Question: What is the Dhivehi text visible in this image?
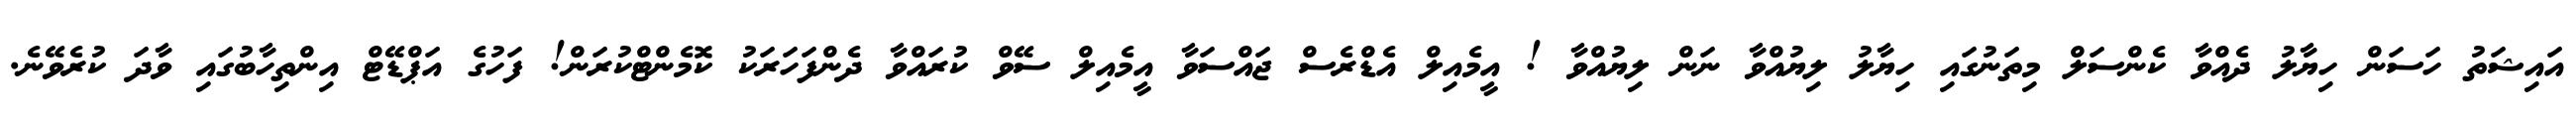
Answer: އައިޝަތު ހަސަން ހިޔާލު ދެއްވާ ކެންސަލް މިތަނުގައި ހިޔާލު ލިޔުއްވާ ނަން ލިޔުއްވާ ! އީމެއިލް އެޑްރެސް ޖައްސަވާ އީމެއިލް ސޭވް ކުރައްވާ ދެންފަހަރަކު ކޮމެންޓްކުރަން! ފަހުގެ އަޕްޑޭޓް އިންތިހާބުގައި ވާދަ ކުރެވޭނެ.